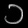
Digit: ၁